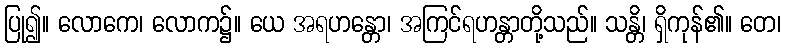
ပြု၍။ လောကေ၊ လောက၌။ ယေ အရဟန္တော၊ အကြင်ရဟန္တာတို့သည်။ သန္တိ၊ ရှိကုန်၏။ တေ၊